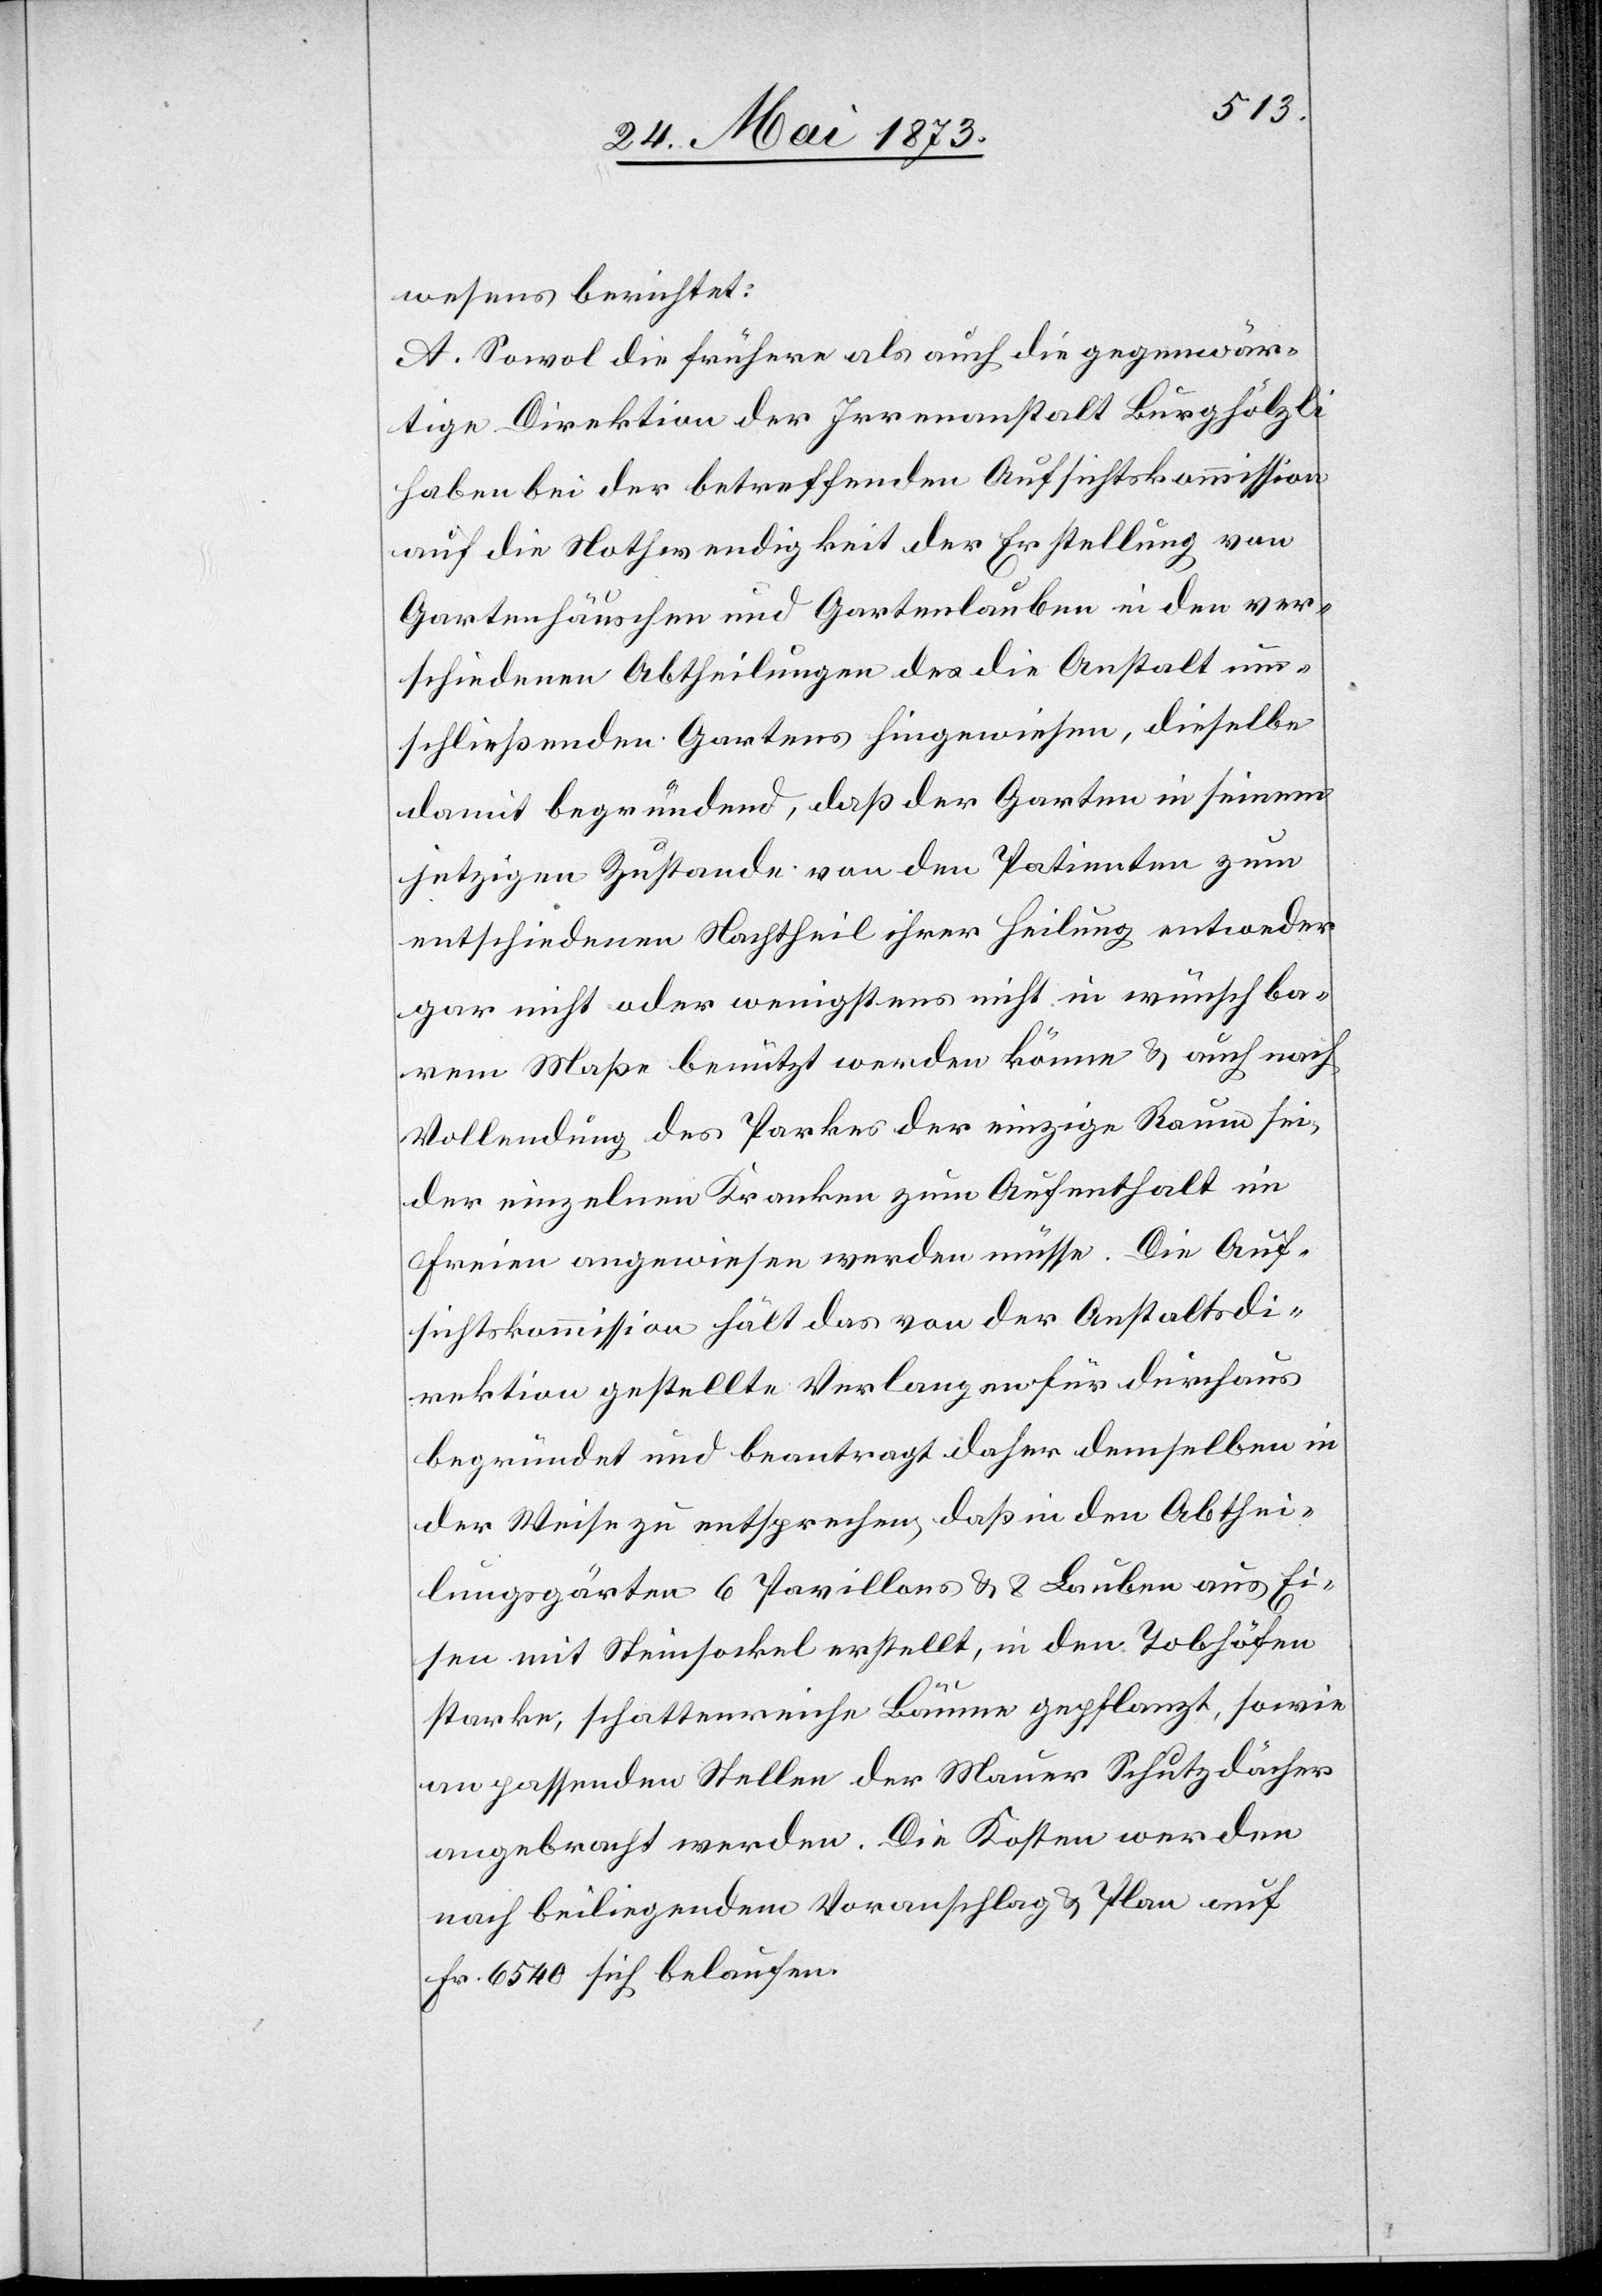
wesens berichtet:
A. Sowol die frühere als auch die gegenwär¬
tige Direktion der Irrenanstalt Burghölzli
haben bei der betreffenden Aufsichtskommission
auf die Nothwendigkeit der Erstellung von
Gartenhäuschen und Gartenlauben in den ver¬
schiedenen Abtheilungen des die Anstalt um¬
schließenden Gartens hingewiesen, dieselbe
damit begründend, daß der Garten in seinem
jetzigen Zustande von den Patienten zum
entschiedenen Nachtheil ihrer Heilung entweder
gar nicht oder wenigstens nicht in wünschba¬
rem Maße benützt werden könne & auch nach
Vollendung des Parkes der einzige Raum sei,
der einzelnen Kranken zum Aufenthalt im
Freien angewiesen werden müsse. Die Auf¬
sichtskommission hält das von der Anstaltsdi¬
rektion gestellte Verlangen für durchaus
begründet und beantragt daher demselben in
der Weise zu entsprechen, daß in den Abthei¬
lungsgärten 6 Pavillons & 8 Lauben aus Ei¬
sen mit Steinsockel erstellt, in den Tobhöfen
starke, schattenreiche Bäume gepflanzt, sowie
an passenden Stellen der Mauer Schutzdächer
angebracht werden. Die Kosten werden
nach beiliegendem Voranschlag & Plan auf
Fr. 6 540 sich belaufen.